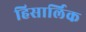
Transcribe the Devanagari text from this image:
हिसार्लिक